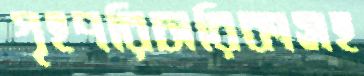
গৃহপরিচারিকাসহ